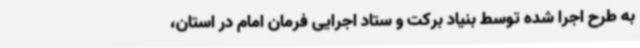
به طرح اجرا شده توسط بنیاد برکت و ستاد اجرایی فرمان امام در استان،